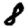
Digit: 8